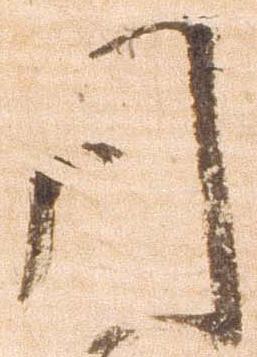
間